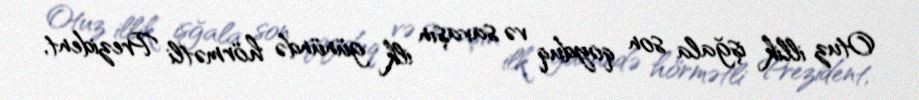
Otuz illik işğala son qoyduq və savaşın ilk günündə hörmətli Prezident,